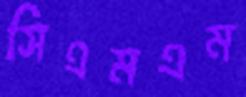
সিএমএম